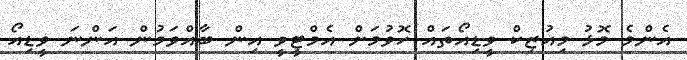
އެންމެ މޮޅު މިއުޒިކް ވީޑިއޯތައް ހޮވުމަށް އެމްޓީވީ އިން ބާއްވަމުން އަންނަ ވީޑިއޯ